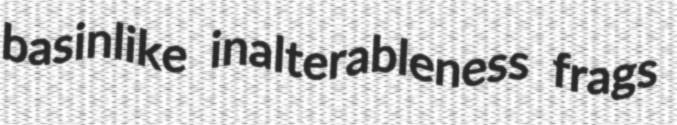
basinlike inalterableness frags